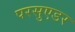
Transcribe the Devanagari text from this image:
परसुएडर